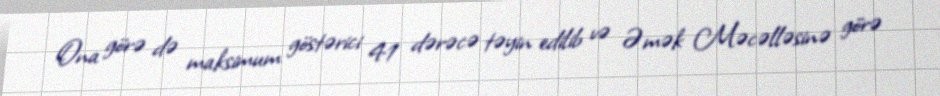
Ona görə də maksimum göstərici 41 dərəcə təyin edilib və Əmək Məcəlləsinə görə